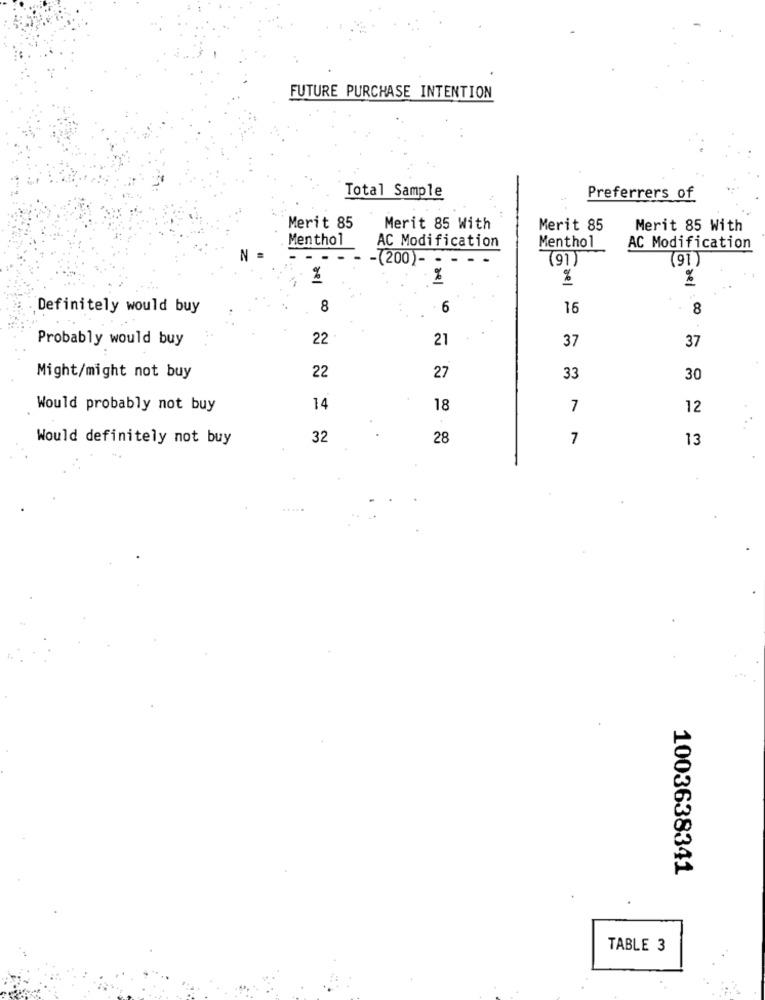
FUTURE PURCHASE INTENTION
Total Sample
Preferrers of
Merit 85
Merit 85 With
Merit 85
Merit 85 With
Menthol
AC Modification
Menthol
AC Modification
N
-(200)-
(91)
%
- de
Definitely would buy
8
6
16
8
Probably would buy
22
21
37
37
27
Might/might not buy
22
33
30
Would probably not buy
14
18
7
12
Would definitely not buy
32
28
7
13
1003638341
TABLE 3